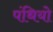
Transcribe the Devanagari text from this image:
पंथियो